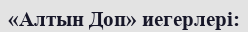
«Алтын Доп» иегерлері: